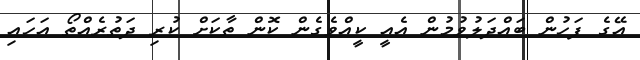
އޭގެ ފަހުން ބައްދަލުވުމުން އެއީ ކީއްވެގެން ކޮން ތާކަށް ކުރި ދަތުރެއްތޯ އަހައި